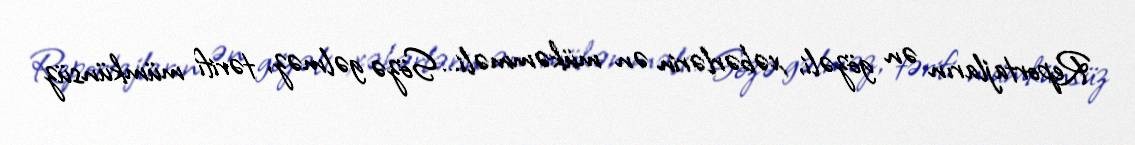
Reportajların ən gözəli, xəbərlərin ən mükəmməli… Sözə gəlməz, tərifi mümkünsüz